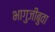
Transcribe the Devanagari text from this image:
भागुजीबुवा